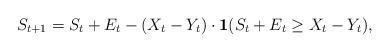
LaTeX: \begin{align*}S_{t+1}=S_{t}+E_{t}-(X_{t}-Y_{t}) \cdot \textbf{1}(S_{t}+E_{t}\geq X_{t}-Y_{t}),\end{align*}